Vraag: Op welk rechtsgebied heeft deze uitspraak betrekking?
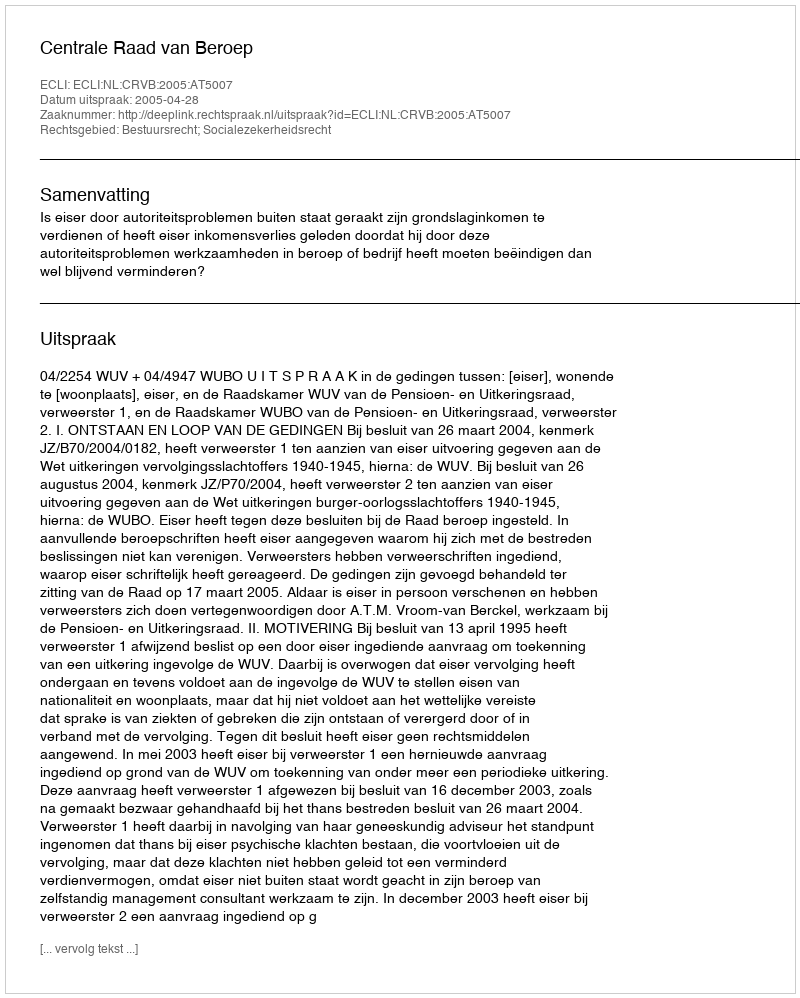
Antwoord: Bestuursrecht; Socialezekerheidsrecht